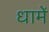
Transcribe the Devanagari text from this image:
धामें